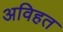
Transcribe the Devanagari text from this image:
अविहत